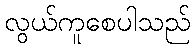
လွယ်ကူစေပါသည်